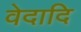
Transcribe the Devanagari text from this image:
वेदादि